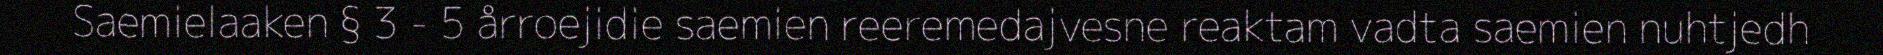
Saemielaaken § 3 - 5 årroejidie saemien reeremedajvesne reaktam vadta saemien nuhtjedh